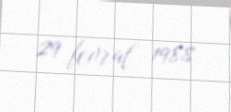
29 fevral 1988